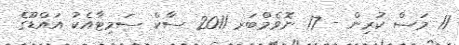
11 މަސް ކުރިން - 17 ނޮވެމްބަރ 2011 ސާކް ސަމިޓާއެކު އައްޑޫގެ